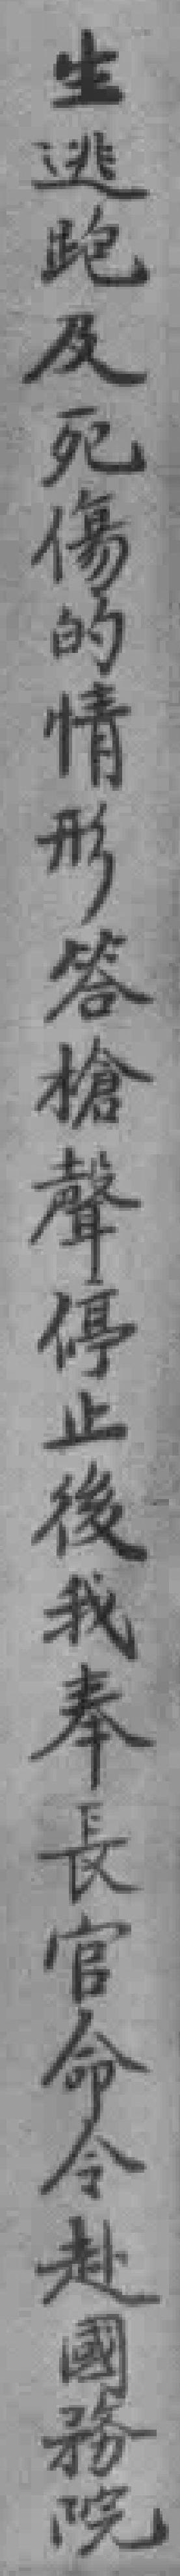
生逃跑及死傷的情形答槍聲停止後我奉長官命令赴國務院